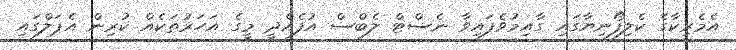
އެމެރިކާގެ ކެލިފޯނިޔާގައި ގާއިމުވެފައިވާ ނެސްޓް ލެބްސް އުފެއްދީ މީގެ އަހަރުތަކެއް ކުރިން އެޕަލްގައި